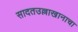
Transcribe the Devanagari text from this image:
सादतउल्लाखानाचा